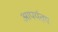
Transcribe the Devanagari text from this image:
आपर्यतय